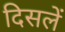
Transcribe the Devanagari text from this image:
दिसलें